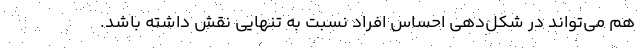
هم می‌تواند در شکل‌دهی احساس افراد نسبت به تنهایی نقش داشته باشد.